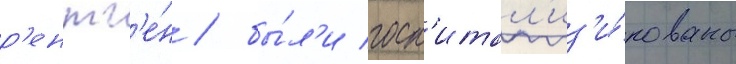
р'ентг'е́н / бы́л'и госп'итал'из'и́рованы